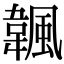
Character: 𩘚